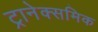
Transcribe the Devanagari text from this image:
ट्रानेक्समिक